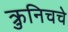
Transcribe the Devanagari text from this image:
क्रुनिचचे